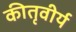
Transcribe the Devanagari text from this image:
कीतृवीर्य